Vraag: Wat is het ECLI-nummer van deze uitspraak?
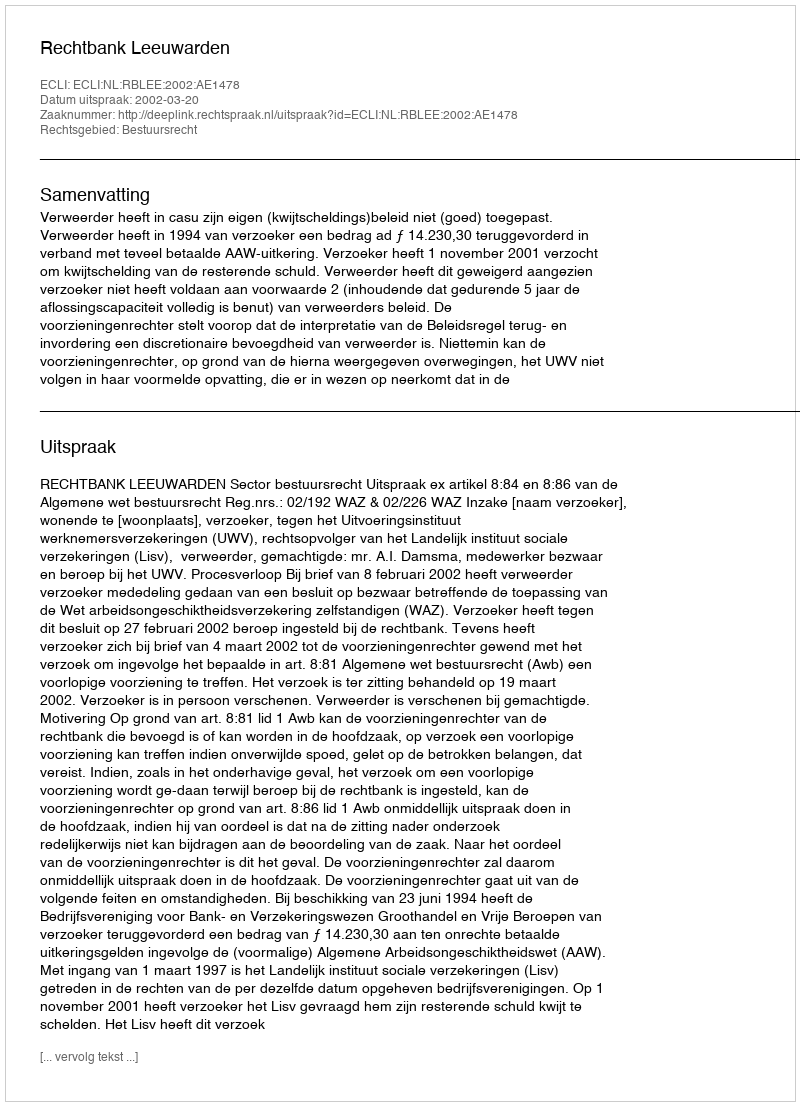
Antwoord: ECLI:NL:RBLEE:2002:AE1478